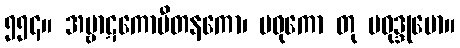
၅၅၄။ အမ္ဗာဋကောပီတနကော၊ မဓုကော တု မဓုဒ္ဒုမော။